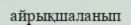
айрықшаланып